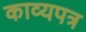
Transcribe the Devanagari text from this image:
काव्यपत्र